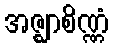
အဇ္ဈာစိဏ္ဏံ